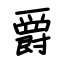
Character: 爵